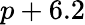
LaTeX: p+6.2